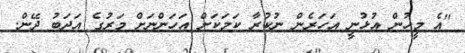
"އެ މީހުން އުޅުނީ އަހަރެން ނުކުރާ ކަމަކަށް އަހަންނަށް މަރުގެ އަދަބު ދޭން.